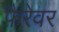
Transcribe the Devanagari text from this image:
फ़ैरेवर